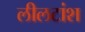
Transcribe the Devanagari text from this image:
लीलटांश